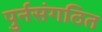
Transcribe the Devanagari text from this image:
पुर्नसंगठित